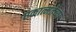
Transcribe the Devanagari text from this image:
एकात्मतेच्या